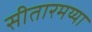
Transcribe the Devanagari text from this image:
सीतारमय्या